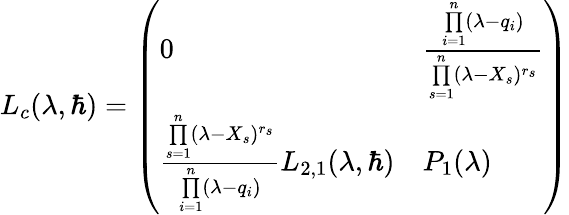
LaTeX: L_{c}(\lambda,\hbar)=\left(\begin{array}{ll}{0}&{\frac{\underset{i=1}{\overset{n}{\prod}}(\lambda-q_{i})}{\underset{s=1}{\overset{n}{\prod}}(\lambda-X_{s})^{r_{s}}}}\\ {\frac{\underset{s=1}{\overset{n}{\prod}}(\lambda-X_{s})^{r_{s}}}{\underset{i=1}{\overset{n}{\prod}}(\lambda-q_{i})}L_{2,1}(\lambda,\hbar)}&{P_{1}(\lambda)}\end{array}\right)